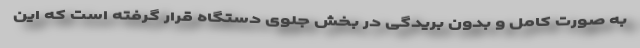
به صورت کامل و بدون بریدگی در بخش جلوی دستگاه قرار گرفته است که این